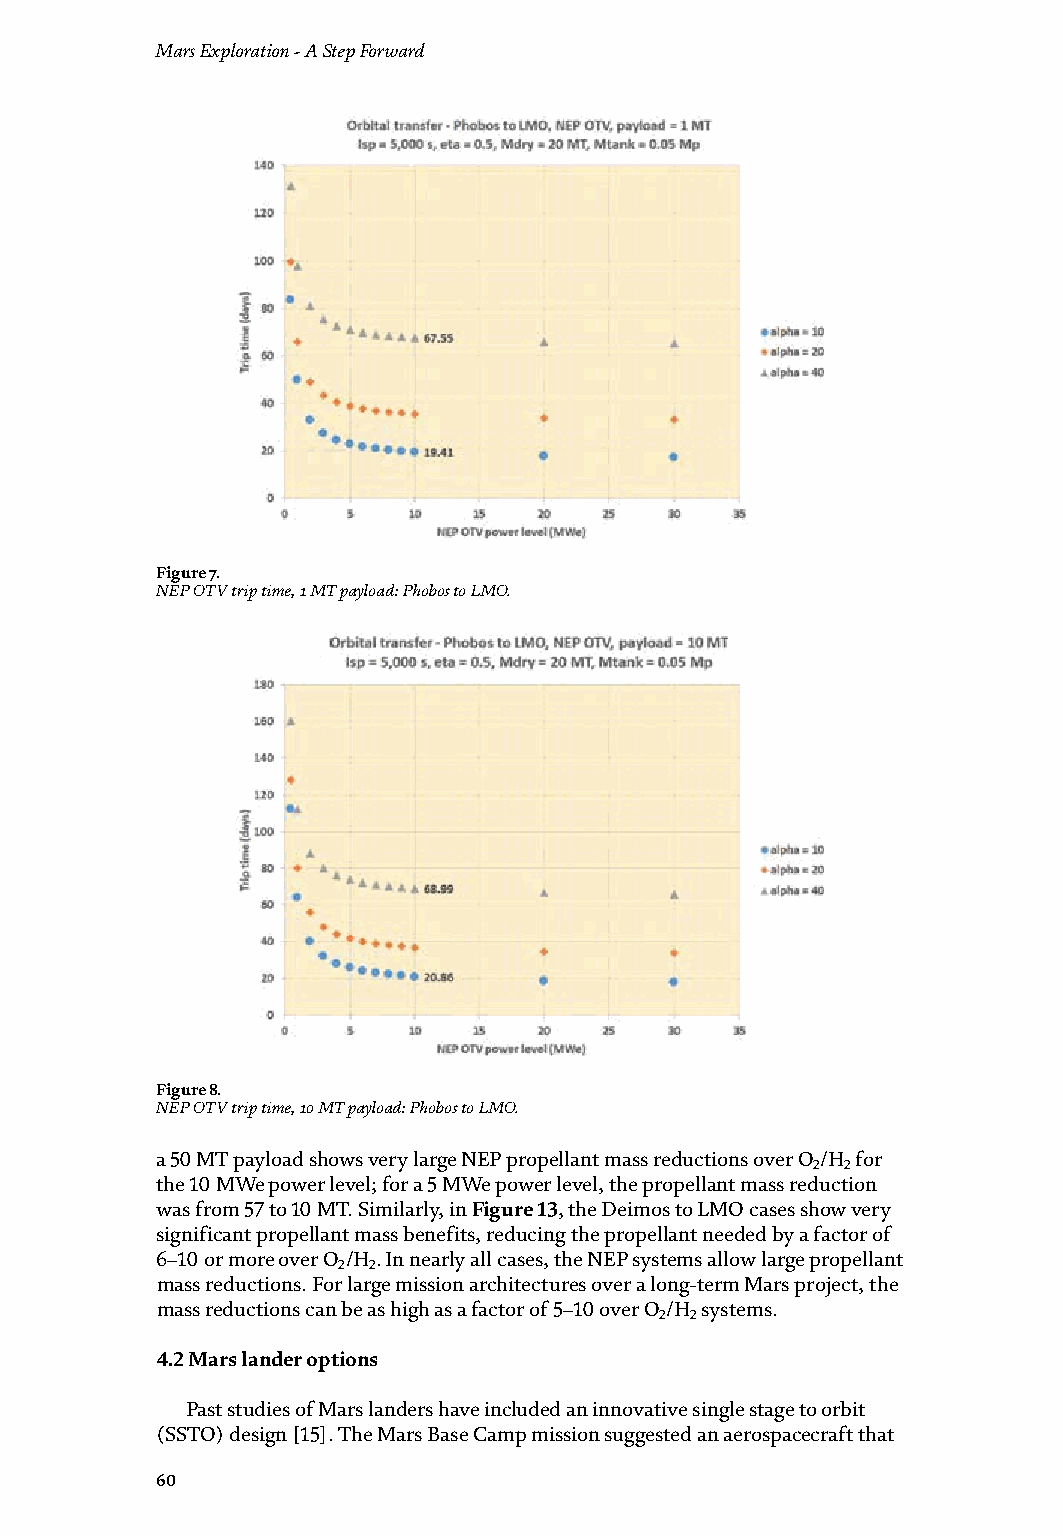
Mars Exploration - A Step Forward                                      Assessing Propulsion and Transportation Issues with Mars’ Moons
 DOI: http://dx.doi.org/10.5772/intechopen.93148
 Figure 7.                                                              Figure 9.
 NEP OTV trip time, 1 MT payload: Phobos to LMO.                        NEP OTV trip time, 50 MT payload: Phobos to LMO.
 Figure 8.                                                              Figure 10.
 NEP OTV trip time, 10 MT payload: Phobos to LMO.                       Resupply propellant mass and round-trip time for O/H and Xe Ion NEP OTVs—Phobos to LMO, 10 MT
 2 2
 payload mass.
 a 50 MT payload shows very large NEP propellant mass reductions over O /H for
 2 2
 the 10 MWe power level; for a 5 MWe power level, the propellant mass reduction would carry an astronaut crew to the surface of Mars and return to orbit, all with a
 was from 57 to 10 MT. Similarly, in Figure 13, the Deimos to LMO cases show very single stage. The Mars sortie vehicle would be refueled with oxygen and hydrogen
 significant propellant mass benefits, reducing the propellant needed by a factor of propellants created from in situ water resources from the Martian moons. A water
 6–10 or more over O /H . In nearly all cases, the NEP systems allow large propellant electrolysis factory would be delivered to one of the moons and the water would be
 2 2
 mass reductions. For large mission architectures over a long-term Mars project, the wrested from the moon’s regolith.
 mass reductions can be as high as a factor of 5–10 over O /H systems.    In Reference [15], the Mars sortie vehicle was designed to use 80 MT of O /H
 2 2                                                                               2 2
 propellant. The initial mass would be approximately 108 MT.
 4.2 Mars lander options                                                  Figure 14 presents the initial mass and propellant mass for a Mars sortie
 vehicle. The dry mass fraction, B, is varied from 0.1 to 0.25. In the Reference
 Past studies of Mars landers have included an innovative single stage to orbit [15] analysis, the 80 MT propellant load would require a somewhat optimistic B
 (SSTO) design [15]. The Mars Base Camp mission suggested an aerospacecraft that fraction of less than 0.10. Using a B fraction of 0.2, the required propellant mass
 60                                                                     61